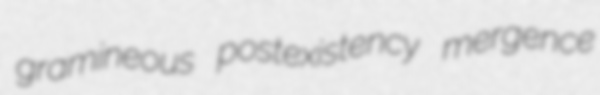
gramineous postexistency mergence